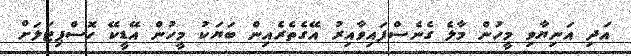
އަދި އަނިޔާވި މީހުން މާލެ ގެނެސްފައިވާއިރު އޭގެތެރެއިން ބަޔަކު މީހުން އޭޑީކޭ ހޮސްޕިޓަލަށް